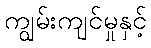
ကျွမ်းကျင်မှုနှင့်